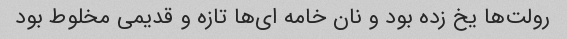
رولت‌ها یخ زده بود و نان خامه ای‌ها تازه و قدیمی مخلوط بود